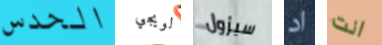
الحدس لويجي سيزول اد انت